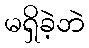
မရှိခဲ့ဘဲ